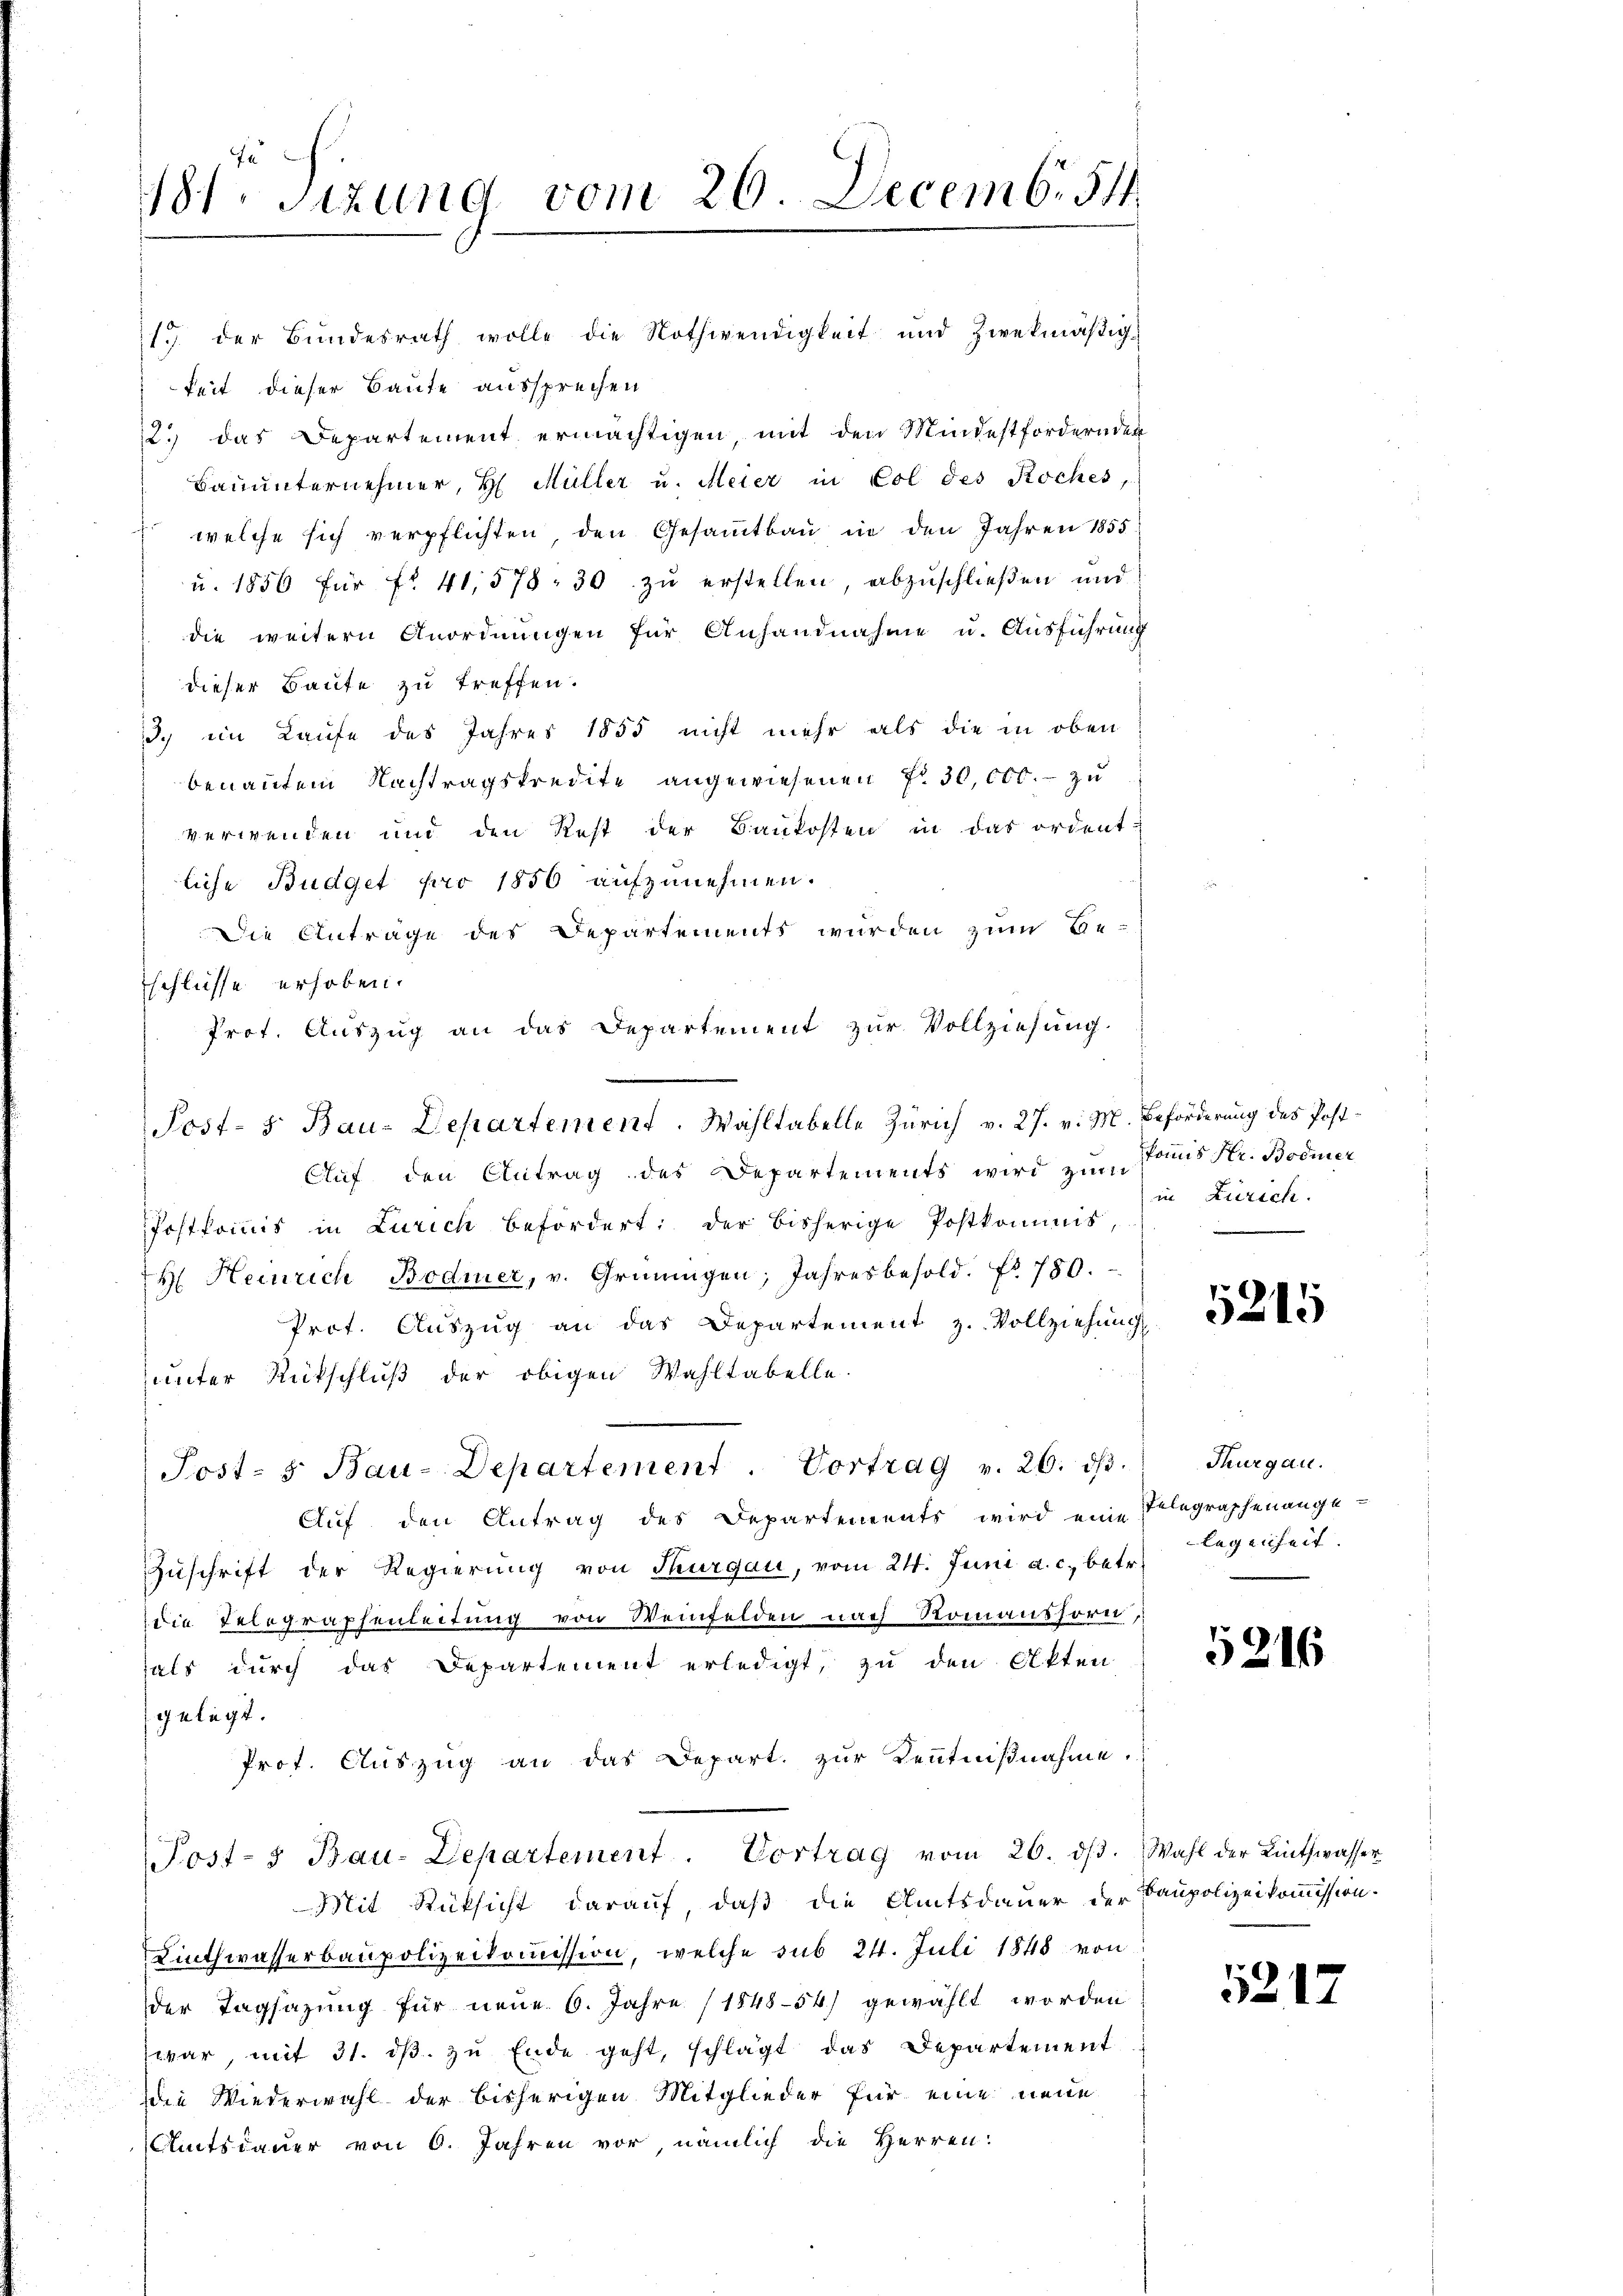
181. Sitzung vom 26 Decemb. 54.

13 der Bundesrath wolle die Nothwendigkeit und zwekmäßigkeit dieser Baute aussprechen
2.) das Departement ermächtigen mit den Mindestfordernden
Bauunternehmer, H. Müller u. Meier in Col des Roches,
 welche sich verpflichten, den Gesaṁtbaŭ in den Jahren 1855
u. 1850 für fr. 41578: 30 zŭ erstellen, abzuschließen und
die weitern Anordnungen für Anhandnahme u. Ausführung
dieser Baute zu treffen.
I. im Laufe des Jahres 1855 nicht mehr als die in oben
benanntem Nachtragskredite angewiesenen Fr. 30,000. - zu
verwenden und den Rest der Baukosten in das ordent.
liche Budget pro 1856 aufzunehmen.
Die Anträge des Departements wurden zum Be-
schlüsse erhoben.
Prot. Auszug an das Departement zur Vollziehung.
Auf den Antrag des Departements wird zŭm Paris Str. Bodmer
Postkommis in Zürich befördert: der bisherige Postkommis,
H. Heinrich Bodmer, v. Grüningen, Jahresbesold. No 780.
Prot. Aŭszŭg an das Departement z. Vollziehŭng
unter Rückschluß der obigen Wahltabelle.
Post- 5. Bau-Departement. Vortrag v. 26. dβ.
Auf den Antrag des Departenrents wird eine Telegraphenange-
Zuschrift der Regierung von Thurgau, vom 24. Juni a. c. betr.
die Telegraphenleitung von Weinfelden nach Romanshorn,
als durch das Departement erledigt, zu den Akten
gelegt.
Prof. Auszug an das Depart. zŭr Kenntnißnahme.
Post- Bau-Departement. Vortrag vom 26. dβ. Wahl der Linthwasser
Mit Rücksicht darauf, daß die Amtsdauer der Baupolizeikommission.
Linthwasserbaupolizeikommission, welche sub 24. Juli 1848 von
der Tagsazung für neue 6. Jahre (1848-54) gewählt worden
war, mit 31. dβ. zu Ende geht, schlägt das Departement
die Wiederwahl der bisherigen Mitglieder für eine neue
Amtsdauer von 6. Jahren vor, nämlich die Herren:

Post- 5. Bau-Departement. Wahltabelle Zürich v. 27. v. M. Beförderung des Post¬

in Zürich.

5215

Thurgau.
legenheit.

5216

5217